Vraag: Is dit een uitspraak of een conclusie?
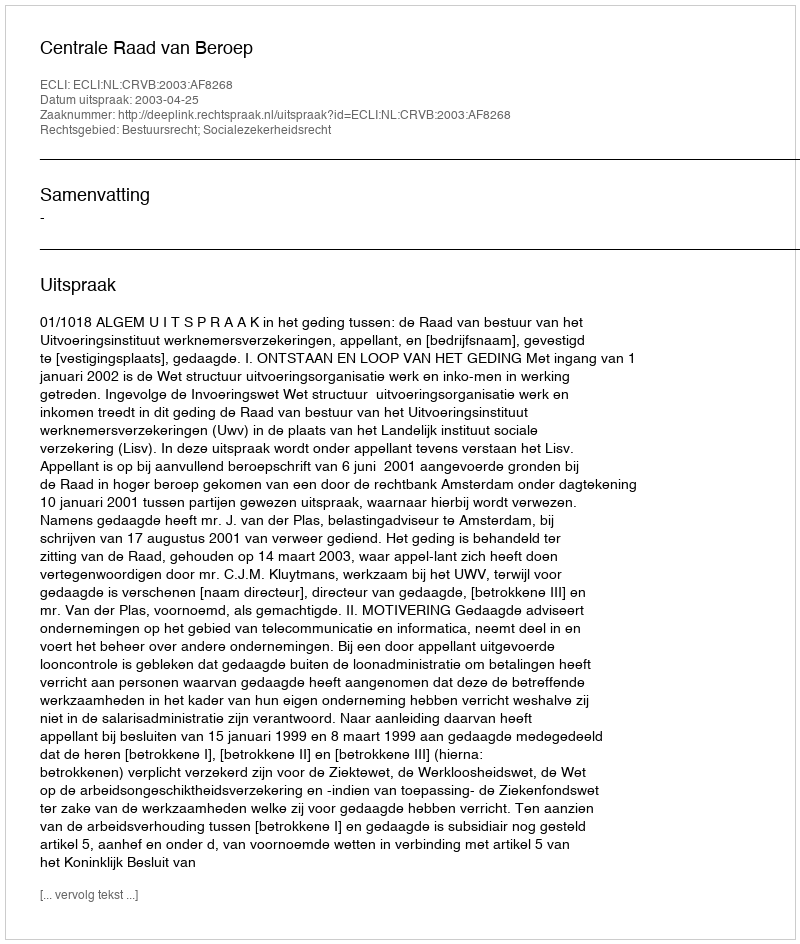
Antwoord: Uitspraak